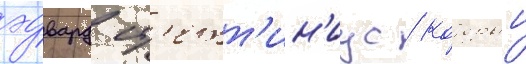
эдвард ст'етт'ин'иус / которыи